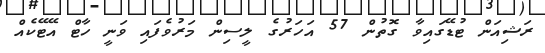
ރަޝިއަން ޓުޑޭގައިވާ ގޮތުން 57 އަހަރުގެ ލީސިން މަރުވެފައި ވަނީ ހާޓް އޭޓޭކެއް